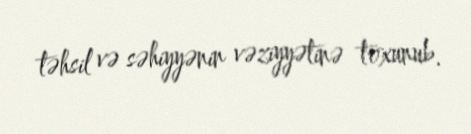
təhsil və səhiyyənin vəziyyətinə toxunub.